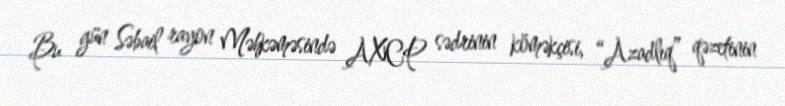
Bu gün Səbail rayon Məhkəməsində AXCP sədrinin köməkçisi, “Azadlıq” qəzetinin